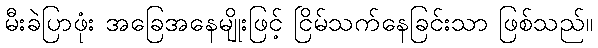
မီးခဲပြာဖုံး အခြေအနေမျိုးဖြင့် ငြိမ်သက်နေခြင်းသာ ဖြစ်သည်။